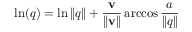
\ln ( q ) = \ln \| q \| + { \frac { \mathbf { v } } { \| \mathbf { v } \| } } \operatorname { a r c c o s } { \frac { a } { \| q \| } } ~